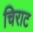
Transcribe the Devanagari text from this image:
चिराट